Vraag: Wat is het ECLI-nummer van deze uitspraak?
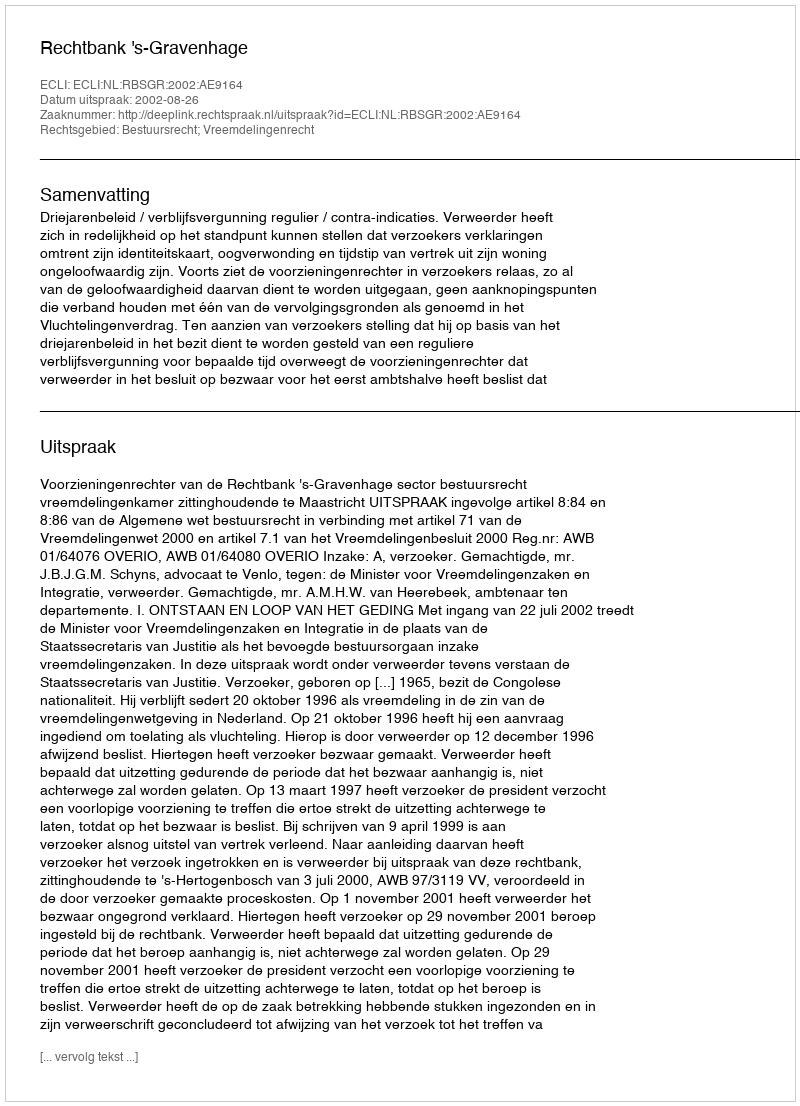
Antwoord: ECLI:NL:RBSGR:2002:AE9164